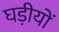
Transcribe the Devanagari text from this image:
घड़ीयों